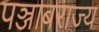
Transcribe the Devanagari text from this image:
पञ्जाबराज्य